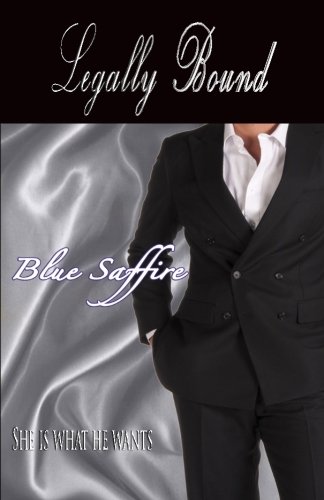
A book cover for Legally Bound (Volume 1); Blue Saffire; Romance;